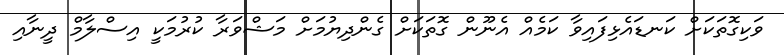
ވަކިގޮތަކަށް ކަނޑައެޅިފައިވާ ކަމެއް އެނޫން ގޮތަކަށް ގެންދިޔުމަށް މަޝްވަރާ ކުރުމަކީ އިސްލާމް ދީނާއި